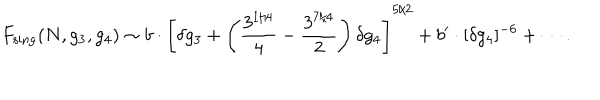
F _ { \mathrm { s i n g } } ( N , g _ { 3 } , g _ { 4 } ) \sim b \cdot \left[ \delta g _ { 3 } + \left( \frac { 3 ^ { 1 / 4 } } { 4 } - \frac { 3 ^ { 7 / 4 } } { 2 } \right) \delta g _ { 4 } \right] ^ { 5 / 2 } + b ^ { \prime } \cdot [ \delta g _ { 4 } ] ^ { - 6 } + \cdots .